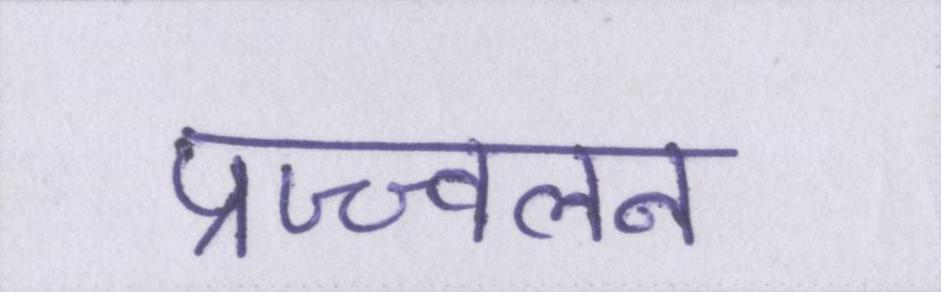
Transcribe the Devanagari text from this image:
प्रज्ज्वलन